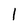
Character: 1